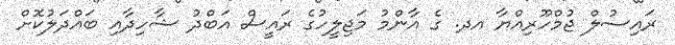
ރައިސުލް ޖުމްހޫރިއްޔާ އދ. ގެ އާންމު މަޖިލީހުގެ ރައީސް އަބްދު ޝާހިދާއި ބައްދަލުކޮށް